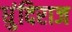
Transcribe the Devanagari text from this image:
धुंदिराज